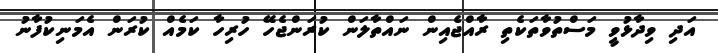
އަދި ވިދާޅުވީ މަސްތުވާތަކެތި ރާއްޖެއިން ނައްތާލަން ކުރަންޖެހޭ ހުރިހާ ކަމެއް ކުރަން އެމަނިކުފާނު